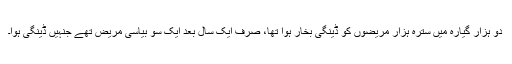
دو ہزار گیارہ میں سترہ ہزار مریضوں کو ڈینگی بخار ہوا تھا، صرف ایک سال بعد ایک سو بیاسی مریض تھے جنہیں ڈینگی ہوا۔